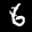
Label: 6